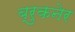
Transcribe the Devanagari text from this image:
ब्रुकनेर